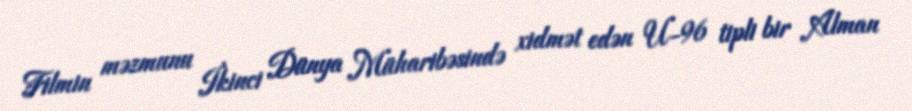
Filmin məzmunu İkinci Dünya Müharibəsində xidmət edən U-96 tipli bir Alman